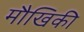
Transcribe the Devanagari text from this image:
मौखिकी